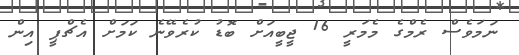
ނަމަވެސް ރެމްގެ މެމަރީ 16 ޖީބީއަށް ބޮޑު ކުރެވޭނެ ކަމަށް އެޗްޕީ އިން